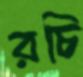
রচি